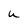
Character: u